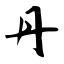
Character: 丹